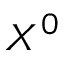
X ^ { 0 }